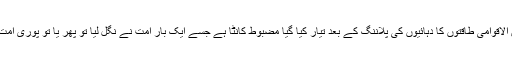
شام کے موجودہ حالات پوری امتِ مسلمہ کےلیے وہ چارہ ہیں جس کے اندر بین الاقوامی طاقتوں کا دہائیوں کی پلاننگ کے بعد تیار کیا گیا مضبوط کانٹا ہے جسے ایک بار امت نے نگل لیا تو پھر یا تو پوری امت شام کی طرح تل کے کھائی جائے گی یا پھر اس کا حلق چیر پھاڑ دیا جائے گا۔